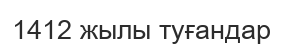
1412 жылы туғандар